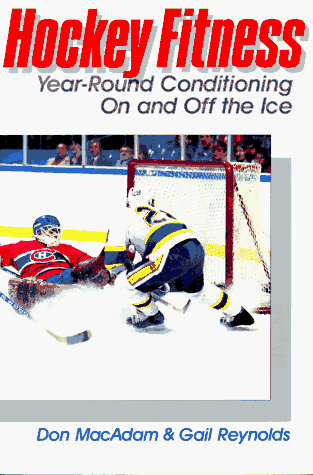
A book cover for Hockey Fitness: Year-Round Conditioning on and Off the Ice; Don MacAdams; Sports & Outdoors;